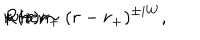
LaTeX: R ( r ) \sim ( r - r _ { + } ) ^ { \pm i W } , \hspace { 0 . 5 c m } \mathrm { w h e n } \hspace { 0 . 5 c m } r \rightarrow r _ { + }